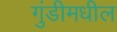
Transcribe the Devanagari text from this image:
गुंडीमधील